Leaving Certificate Examination (including Day School Certificate (Higher) General paper), 1937
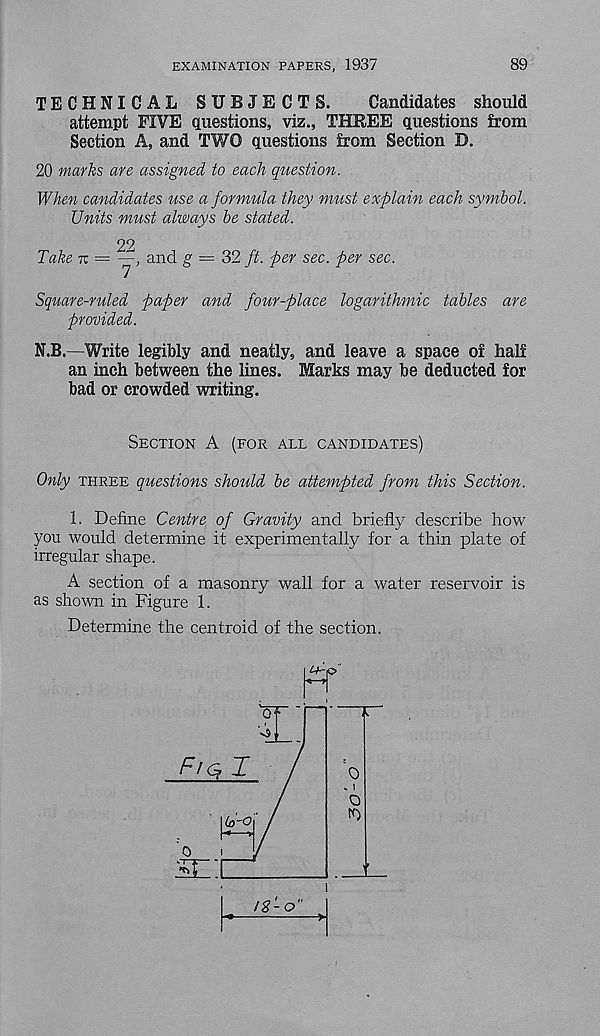
EXAMINATION PAPERS, 1937
89
TECHNICAL SUBJECTS.
Candidates should
attempt FIVE questions, viz., THREE questions from
Section A, and TWO questions from Section D.
20 marks are assigned to each question.
When candidates use a formula they must explain each symbol.
Units must always be stated.
22
Take ~ =
and g = 32 ft. per sec. per sec.
Square-ruled paper and four-place logarithmic tables are
provided.
N.B.—Write legibly and neatly, and leave a space of half
an inch between the lines. Marks may be deducted for
bad or crowded writing.
Section A (for all candidates)
Only three questions should be attempted from this Section.
1. Define Centre of Gravity and briefly describe how
you would determine it experimentally for a thin plate of
irregular shape.
A section of a masonry wall for a water reservoir is
as shown in Figure 1.
Determine the centroid of the section.